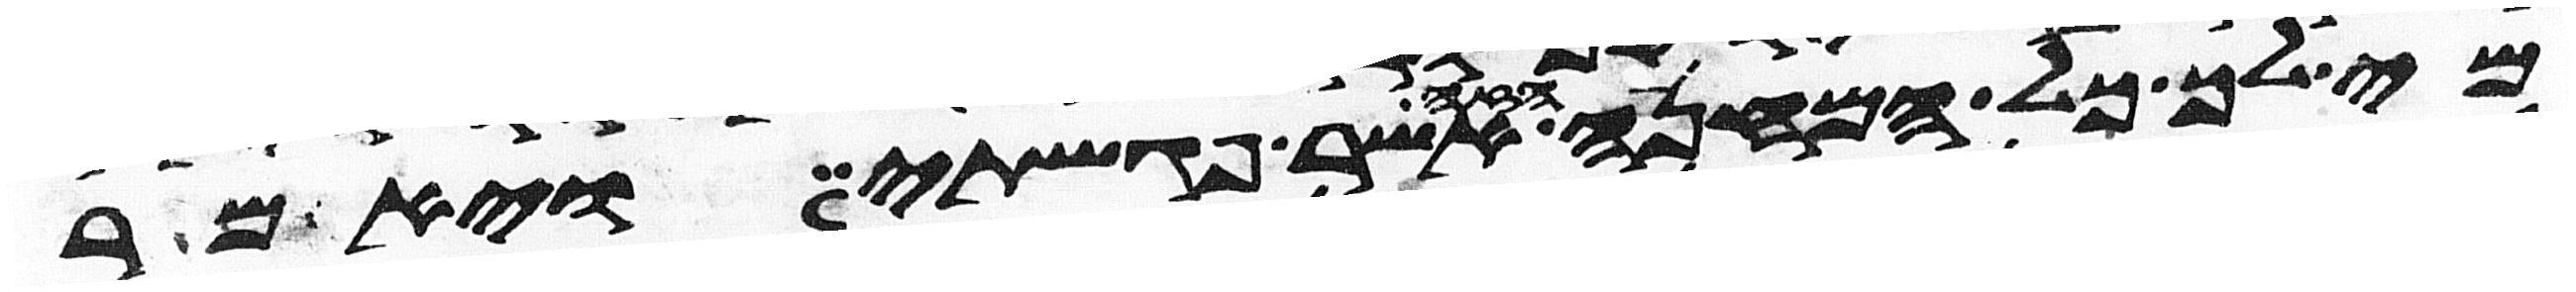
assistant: מי לך כל המחנה הזה אשר פגשתי ויאמר